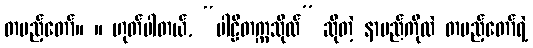
တပည့်တော်။ ။ ဟုတ်ပါတယ်, “ပါဠိတက္ကသိုလ်” ဆိုတဲ့ နာမည်ကိုလဲ တပည့်တော်ရဲ့